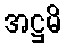
အဋ္ဌမိ